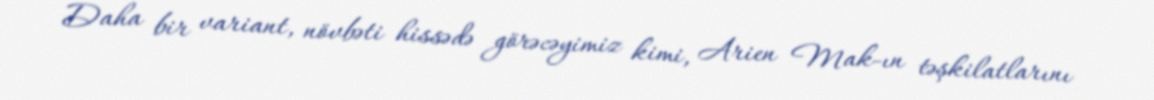
Daha bir variant, növbəti hissədə görəcəyimiz kimi, Arien Mak-ın təşkilatlarını